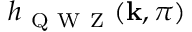
h _ { \mathrm { ~ Q ~ W ~ Z ~ } } ( \mathbf { k } , \pi )